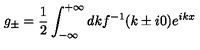
g _ { \pm } = \frac { 1 } { 2 } \int _ { - \infty } ^ { + \infty } d k f ^ { - 1 } ( k \pm i 0 ) e ^ { i k x }